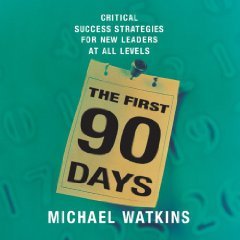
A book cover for The First 90 Days: Critical Success Strategies for New Leaders at All Levels Unabridged on 6 CDs [1st 90 Days]; Michael (Author); Watkins; Politics & Social Sciences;